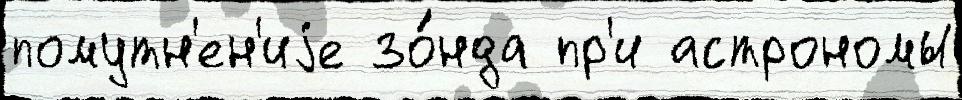
помутн'ен'иjе зо́нда пр'и астрономы